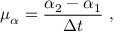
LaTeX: \mu _ { \alpha } = { \frac { \alpha _ { 2 } - \alpha _ { 1 } } { \Delta t } } \ ,